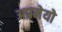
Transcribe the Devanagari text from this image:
अप्रमेयो